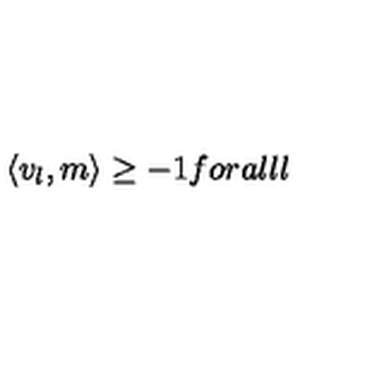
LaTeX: \langle { v } _ { l } , { m } \rangle \geq - 1 f o r a l l l